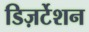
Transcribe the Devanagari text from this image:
डिज़र्टेशन